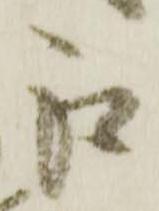
江